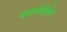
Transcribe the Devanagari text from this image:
यशस्वीतेत